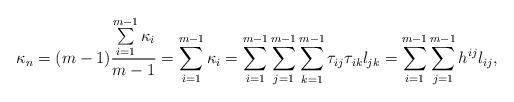
LaTeX: \begin{align*} \kappa_{n}=(m-1) \frac{ \sum \limits_{i=1}^{m-1} \kappa_i}{m-1}= \sum \limits_{i=1}^{m-1} \kappa_i=\sum \limits_{i=1}^{m-1} \sum \limits_{j=1}^{m-1} \sum \limits_{k=1}^{m-1} \tau_{ij} \tau_{ik} l_{jk}= \sum \limits_{i=1}^{m-1} \sum \limits_{j=1}^{m-1} h^{ij} l_{ij},\end{align*}